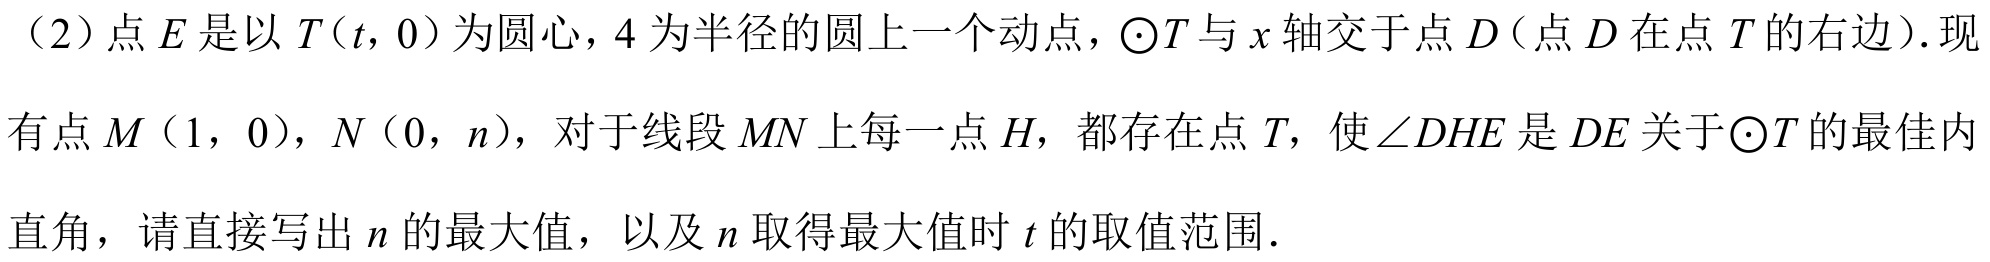
（2）点 \(E\) 是以 \(T(t,0)\)为圆心，\(4\) 为半径的圆上一个动点，\(\odot T\) 与 \(x\) 轴交于点 \(D\)（点 \(D\) 在点 \(T\) 的右边）.现有点 \(M(1,0)\)，\(N(0,n)\)，对于线段 \(MN\) 上每一点 \(H\)，都存在点 \(T\)，使\(\angle DHE\) 是 \(DE\) 关于\(\odot T\) 的最佳内直角，请直接写出 \(n\) 的最大值，以及 \(n\) 取得最大值时 \(t\) 的取值范围．